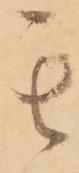
其